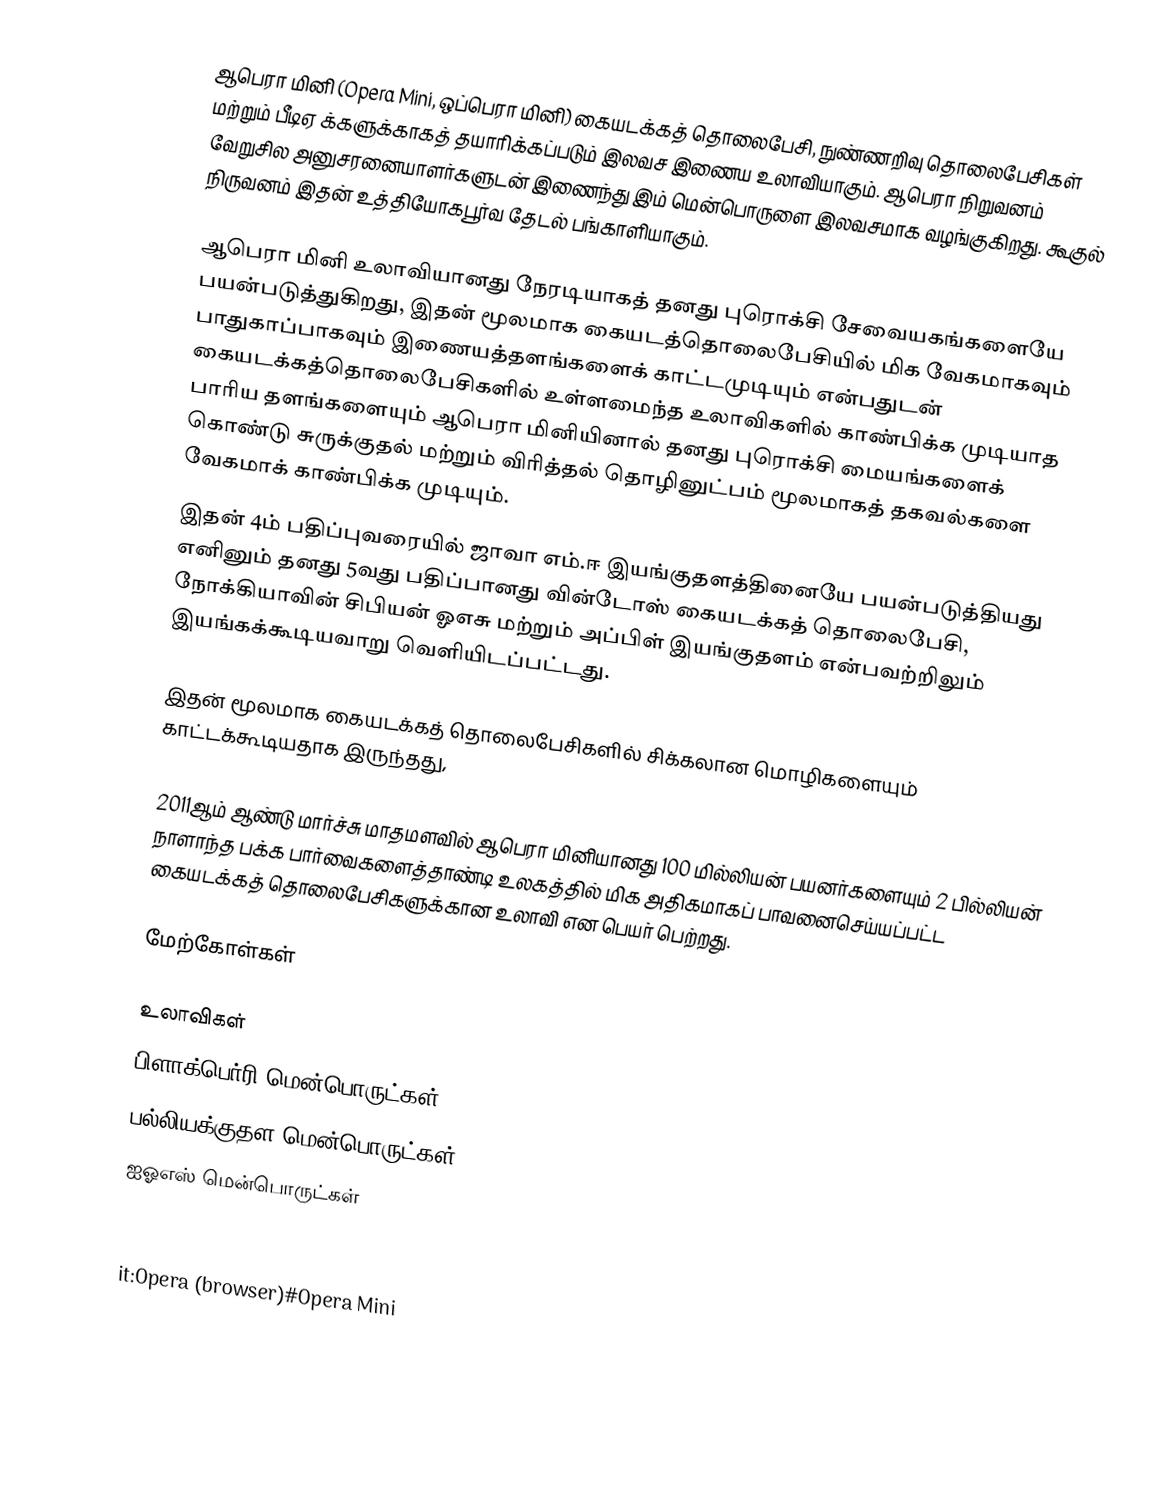
ஆபெரா மினி (Opera Mini, ஒப்பெரா மினி) கையடக்கத் தொலைபேசி, நுண்ணறிவு தொலைபேசிகள் மற்றும் பீடிஏ க்களுக்காகத் தயாரிக்கப்படும் இலவச இணைய உலாவியாகும். ஆபெரா நிறுவனம் வேறுசில அனுசரனையாளர்களுடன் இணைந்து இம் மென்பொருளை இலவசமாக வழங்குகிறது. கூகுல் நிருவனம் இதன் உத்தியோகபூர்வ தேடல் பங்காளியாகும்.

ஆபெரா மினி உலாவியானது நேரடியாகத் தனது புரொக்சி சேவையகங்களையே பயன்படுத்துகிறது, இதன் மூலமாக கையடத்தொலைபேசியில் மிக வேகமாகவும் பாதுகாப்பாகவும் இணையத்தளங்களைக் காட்டமுடியும் என்பதுடன் கையடக்கத்தொலைபேசிகளில் உள்ளமைந்த உலாவிகளில் காண்பிக்க முடியாத பாரிய தளங்களையும் ஆபெரா மினியினால் தனது புரொக்சி மையங்களைக் கொண்டு சுருக்குதல் மற்றும் விரித்தல் தொழினுட்பம் மூலமாகத் தகவல்களை வேகமாக் காண்பிக்க முடியும்.
இதன் 4ம் பதிப்புவரையில் ஜாவா எம்.ஈ இயங்குதளத்தினையே பயன்படுத்தியது எனினும் தனது 5வது பதிப்பானது வின்டோஸ் கையடக்கத் தொலைபேசி, நோக்கியாவின் சிபியன் ஓஎசு மற்றும் அப்பிள் இயங்குதளம் என்பவற்றிலும் இயங்கக்கூடியவாறு வெளியிடப்பட்டது.

இதன் மூலமாக கையடக்கத் தொலைபேசிகளில் சிக்கலான மொழிகளையும் காட்டக்கூடியதாக இருந்தது,

2011ஆம் ஆண்டு மார்ச்சு மாதமளவில் ஆபெரா மினியானது 100 மில்லியன் பயனர்களையும் 2 பில்லியன் நாளாந்த பக்க பார்வைகளைத்தாண்டி உலகத்தில் மிக அதிகமாகப் பாவனைசெய்யப்பட்ட கையடக்கத் தொலைபேசிகளுக்கான உலாவி என பெயர் பெற்றது.

மேற்கோள்கள்

உலாவிகள்
பிளாக்பெர்ரி மென்பொருட்கள்
பல்லியக்குதள மென்பொருட்கள்
ஐஓஎஸ் மென்பொருட்கள்

de:Opera#Opera Mini
it:Opera (browser)#Opera Mini
ro:Opera (navigator web)#Opera Mini